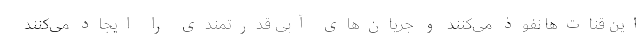
این قنات‌ها نفوذ می‌کنند و جریان‌های آبی قدرتمندی را ایجاد می‌کنند